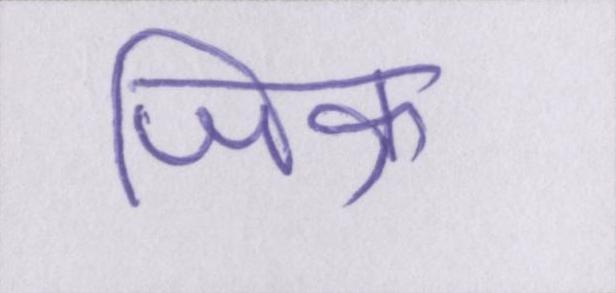
जिक्र